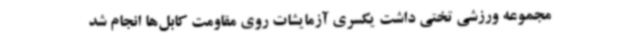
مجموعه ورزشی تختی داشت یکسری آزمایشات روی مقاومت کابل‌ها انجام شد